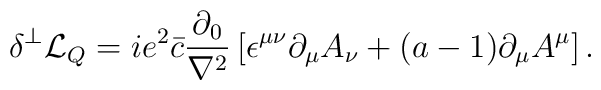
\delta^\perp {\cal L}_Q = i e^2 \bar{c} \frac{\partial_0}{\nabla^2}    \left[ \epsilon^{\mu \nu} \partial_\mu A_\nu +(a-1) \partial_\mu A^\mu     \right].